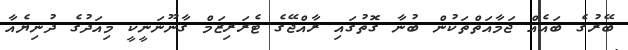
ބޭރުގެ ބައެއް ޖަމާއަތްތަަކުން ބުނާ ގޮތުގައި ރާއްޖޭގެ ޓެރަރިޒަމް ގާނޫނަނީކީ މިއަދުގެ ދުނިޔެއާ